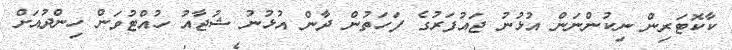
ކާކޮޓަރިން ނިކުންނަން އުޅުނު ޖައުފަރުގެ ފަހަތުން ދާން އުޅުނު ޝުޖާއު ހުއްޓުވަން ހިންދުއަށް